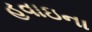
હવાઇના